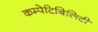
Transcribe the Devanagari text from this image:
कम्पेटिबिलिटी